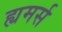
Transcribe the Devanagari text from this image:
ह्यमर्स